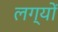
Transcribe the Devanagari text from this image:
लग्यों